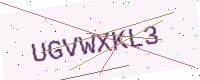
Text: UGVWXKL3